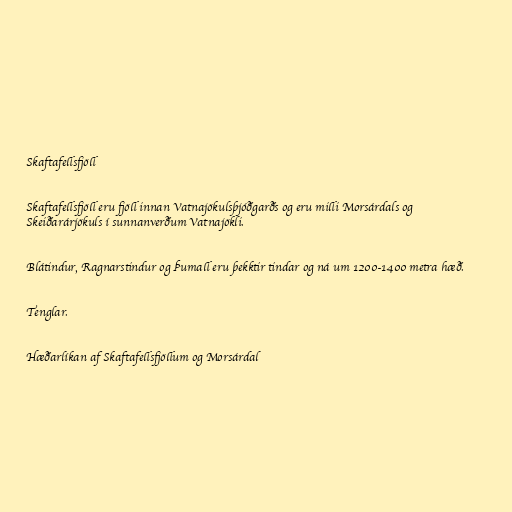
Skaftafellsfjöll

Skaftafellsfjöll eru fjöll innan Vatnajökulsþjóðgarðs og eru milli Morsárdals og
Skeiðarárjökuls í sunnanverðum Vatnajökli.

Blátindur, Ragnarstindur og Þumall eru þekktir tindar og ná um 1200-1400 metra hæð.

Tenglar.

Hæðarlíkan af Skaftafellsfjöllum og Morsárdal